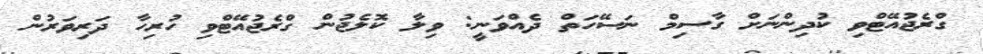
ގްރެޖުއޭޓްވި ކުދިންނަށް ގާސިމް ނަސޭހަތް ދެއްވަނީ: ވިލާ ކޮލެޖުން ގްރެޖުއޭޓްވި ހުރިހާ ދަރިވަރުން